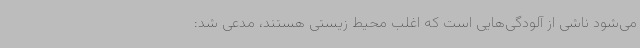
می‌شود ناشی از آلودگی‌هایی است که اغلب محیط زیستی هستند، مدعی شد: